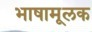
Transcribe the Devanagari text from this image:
भाषामूलक